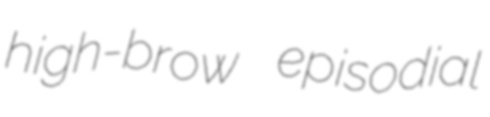
high-brow episodial